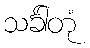
သင်္ခါတုံ